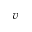
v